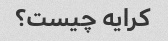
کرایه چیست؟